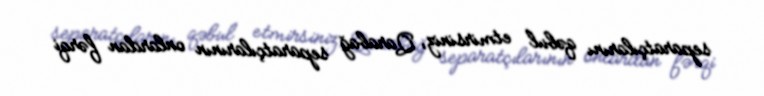
separatçılarını qəbul etmirsiniz, Qarabağ separatçılarının onlardan fərqi